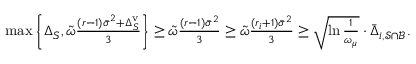
\begin{array} { r } { \operatorname* { m a x } \left\{ \Delta _ { S } , \tilde { \omega } \frac { ( r - 1 ) \bar { \sigma } ^ { 2 } + \Delta _ { S } ^ { \mathrm { v } } } { 3 } \right\} \geq \tilde { \omega } \frac { ( r - 1 ) \bar { \sigma } ^ { 2 } } { 3 } \geq \tilde { \omega } \frac { ( r _ { i } + 1 ) \bar { \sigma } ^ { 2 } } { 3 } \geq \sqrt { \ln \frac { 1 } { \omega _ { \mu } } } \cdot \bar { \Delta } _ { i , \mathcal { S } \cap \mathcal { B } } . } \end{array}